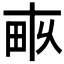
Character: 𤱑